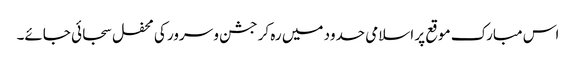
اس مبارک موقع پر اسلامی حدود میں رہ کر جشن و سرور کی محفل سجائی جائے۔